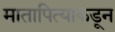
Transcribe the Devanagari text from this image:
मातापित्याकडून